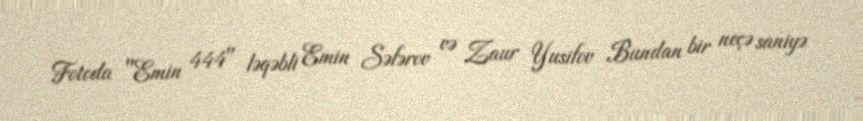
Fotoda "Emin 444" ləqəbli Emin Səfərov və Zaur Yusifov Bundan bir neçə saniyə